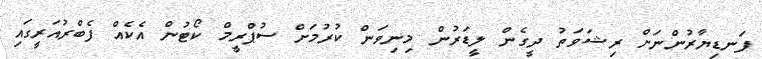
ފަނޑިޔާރުންނަށް ރިޝަވަތު ދީގެން ލީޑަރުން މިނިވަން ކުރުމަށް ސުޕްރީމް ކޯޓުން އެކެއް ފެބްރުއަރީގައި